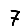
Digit: 7